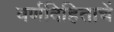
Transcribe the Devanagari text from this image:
वर्णविहिताचें